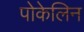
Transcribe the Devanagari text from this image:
पोकेलिन